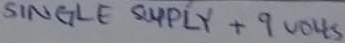
Text: SINGLE SUPPLY +9VOLTS